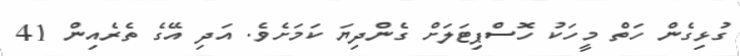
ގުޅިގެން ހަތް މީހަކު ހޮސްޕިޓަލަށް ގެންދިޔަ ކަމަށެވެ. އަދި އޭގެ ތެރެއިން 41